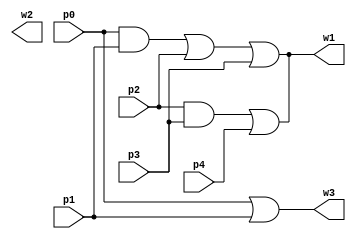
module compressor5_3ex(input p0,p2,p3,p4,p1, output w1,w2,w3); //  p4,p3,p2,p1,p0, output w3,w2,w1);
    wire a1,a2;
    and u1(a1 , p0 , p1);      //assign a1 = p0 & p1;
    and u2(a2 , p2 , p3);      //assign a2 = p2 & p3;
    or u3(w3 , p0 , p1);       //assign w3 = p0 | p1;
    or u4(w1 , a1 , p2 , p3);  //assign w1 = a1 | p2 | p3;
    or u5(w1 , a2 , p4);       //assign w2 = a2 | p4;
endmodule
module FA(input [2:0]p, output [2:1]w   );  // w[2] = carry ;  w[1] =sum
   xor sum(w[1], p[2],p[1],p[0]);
   wire ab,bc,ca;
   and a1(ab,p[2],p[1]);
   and a2(bc,p[1],p[0]);
   and a3(ca,p[0],p[2]);
   or carry(w[2], ab,bc,ca);
endmodule

module HA(input [1:0]p, output [2:1]w);
    xor sum(w[1],p[0],p[1]);
    and carry(w[2],p[0],p[1]);
endmodule

module compressor2_2(input p1,p0, output w0,w1); //  p2,p1,p0, output w1,w2);
	assign w0=p1^p0;
	assign w1=p0&p1;
endmodule

module compressor3_2(input p2,p1,p0, output w1,w0); //  p2,p1,p0, output w1,w2);
 wire a1;
and u1(a1 , p0 , p1); //assign a1 = p0 & p1;
    or  u2(w1 , a1 , p2);  //assign w2 = a1 | p2;
    or  u3(w0 , p0 , p1); //assign w1 = p0 |p1;
endmodule

module compressor4_2(input p3,p2,p1,p0, output w1,w0);  // p3,p2,p1,p0, output w2,w1);
    wire a1,a2;
assign a1 = p0 & p1;
assign a2 = p2 & p3;
assign w1 = a1 | p2 | p3;
assign w0 = a2 | p0 | p1;
endmodule

module compressor5_3(input p4,p3,p2,p1,p0, output w2,w1,w0); //  p4,p3,p2,p1,p0, output w3,w2,w1);
 wire a1,a2;
 assign a1 = p0 & p1;
 assign a2 = p2 & p3;
 assign w2 = p0 | p1;
 assign w0 = a1 | p2 | p3;
 assign w1 = a2 | p4;
endmodule

module compressor6_3(input p5,p4,p3,p2,p1,p0, output w2,w1,w0);
    wire a1,a2,a3;
    assign a1 = p0 & p1;
    assign a2 = p2 & p3;
    assign a3 = p4 & p5;
    assign w0 = a1 | p2 | p3;
    assign w2 = a2 | p4 | p5;
    assign w1 = a3 | p0 | p1;
endmodule

module compressor7_4(input p6,p5,p4,p3,p2,p1,p0, output w3,w2,w1,w0);
 compressor4_2 u1(.p3(p6),.p2(p5),.p1(p4),.p0(p3),.w1(w3),.w0(w2));
  compressor3_2 u2(.p2(p2),.p1(p1),.p0(p0), .w1(w1),.w0(w0));
endmodule

module compressor8_4(input p7,p6,p5,p4,p3,p2,p1,p0, output w3,w2,w1,w0);
    compressor4_2 u1(.p3(p7),.p2(p6),.p1(p4),.p0(p5),.w1(w3),.w0(w2));
    compressor4_2 u2(.p3(p3),.p2(p2),.p1(p1),.p0(p0),.w1(w1),.w0(w0));
endmodule

module compressor8_2 (input p7,p6,p5,p4,p3,p2,p1,p0, output w1,w0);
	wire x4,x3,x2,x1;

compressor4_2 u1(.p3(p7),.p2(p6),.p1(p4),.p0(p5),.w1(x4),.w0(x3));
compressor4_2 u2(.p3(p3),.p2(p2),.p1(p1),.p0(p0), .w1(x2),.w0(x1));
compressor4_2 u3(.p3(x4),.p2(x3),.p1(x2),.p0(x1), .w1(w1),.w0(w0));

endmodule

module compressor7_2(input p6,p5,p4,p3,p2,p1,p0, output w1,w0);
	wire x4,x3,x2,x1;
    	compressor4_2 u1(.p3(p6),.p2(p5),.p1(p4),.p0(p3),.w1(x4),.w0(x3));
	compressor3_2 u3(.p2(p2),.p1(p1),.p0(p0),.w1(x2),.w0(x1));
	compressor4_2 u2(.p3(x4),.p2(x3),.p1(x2),.p0(x1),.w1(w1),.w0(w0));
	
   
endmodule

module compressor6_2(input p5,p4,p3,p2,p1,p0, output w1,w0);
	wire x4,x3,x2,x1;
compressor3_2 u1(.p2(p5),.p1(p4),.p0(p3),.w1(x4),.w0(x3));
compressor3_2 u2(.p2(p2),.p1(p1),.p0(p0),.w1(x2),.w0(x1));
compressor4_2 u3(.p3(x4),.p2(x3),.p1(x2),.p0(x1), .w1(w1),.w0(w0));
	
   
endmodule

module compressor5_2(input p4,p3,p2,p1,p0, output w1,w0);
	wire x4,x3,x2,x1;
    	compressor3_2 u1(.p2(p4),.p1(p3),.p0(p2),.w1(x4),.w0(x3));
	compressor2_2 u2(.p1(p1),.p0(p0), .w1(x2),.w0(x1));
	compressor4_2 u3(.p3(x4),.p2(x3),.p1(x2),.p0(x1), .w1(w1),.w0(w0));
	
   
endmodule